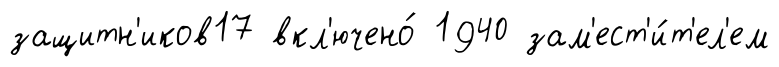
защитн'иков17 вкл'ючено́ 1940 зам'ест'и́т'ел'ем